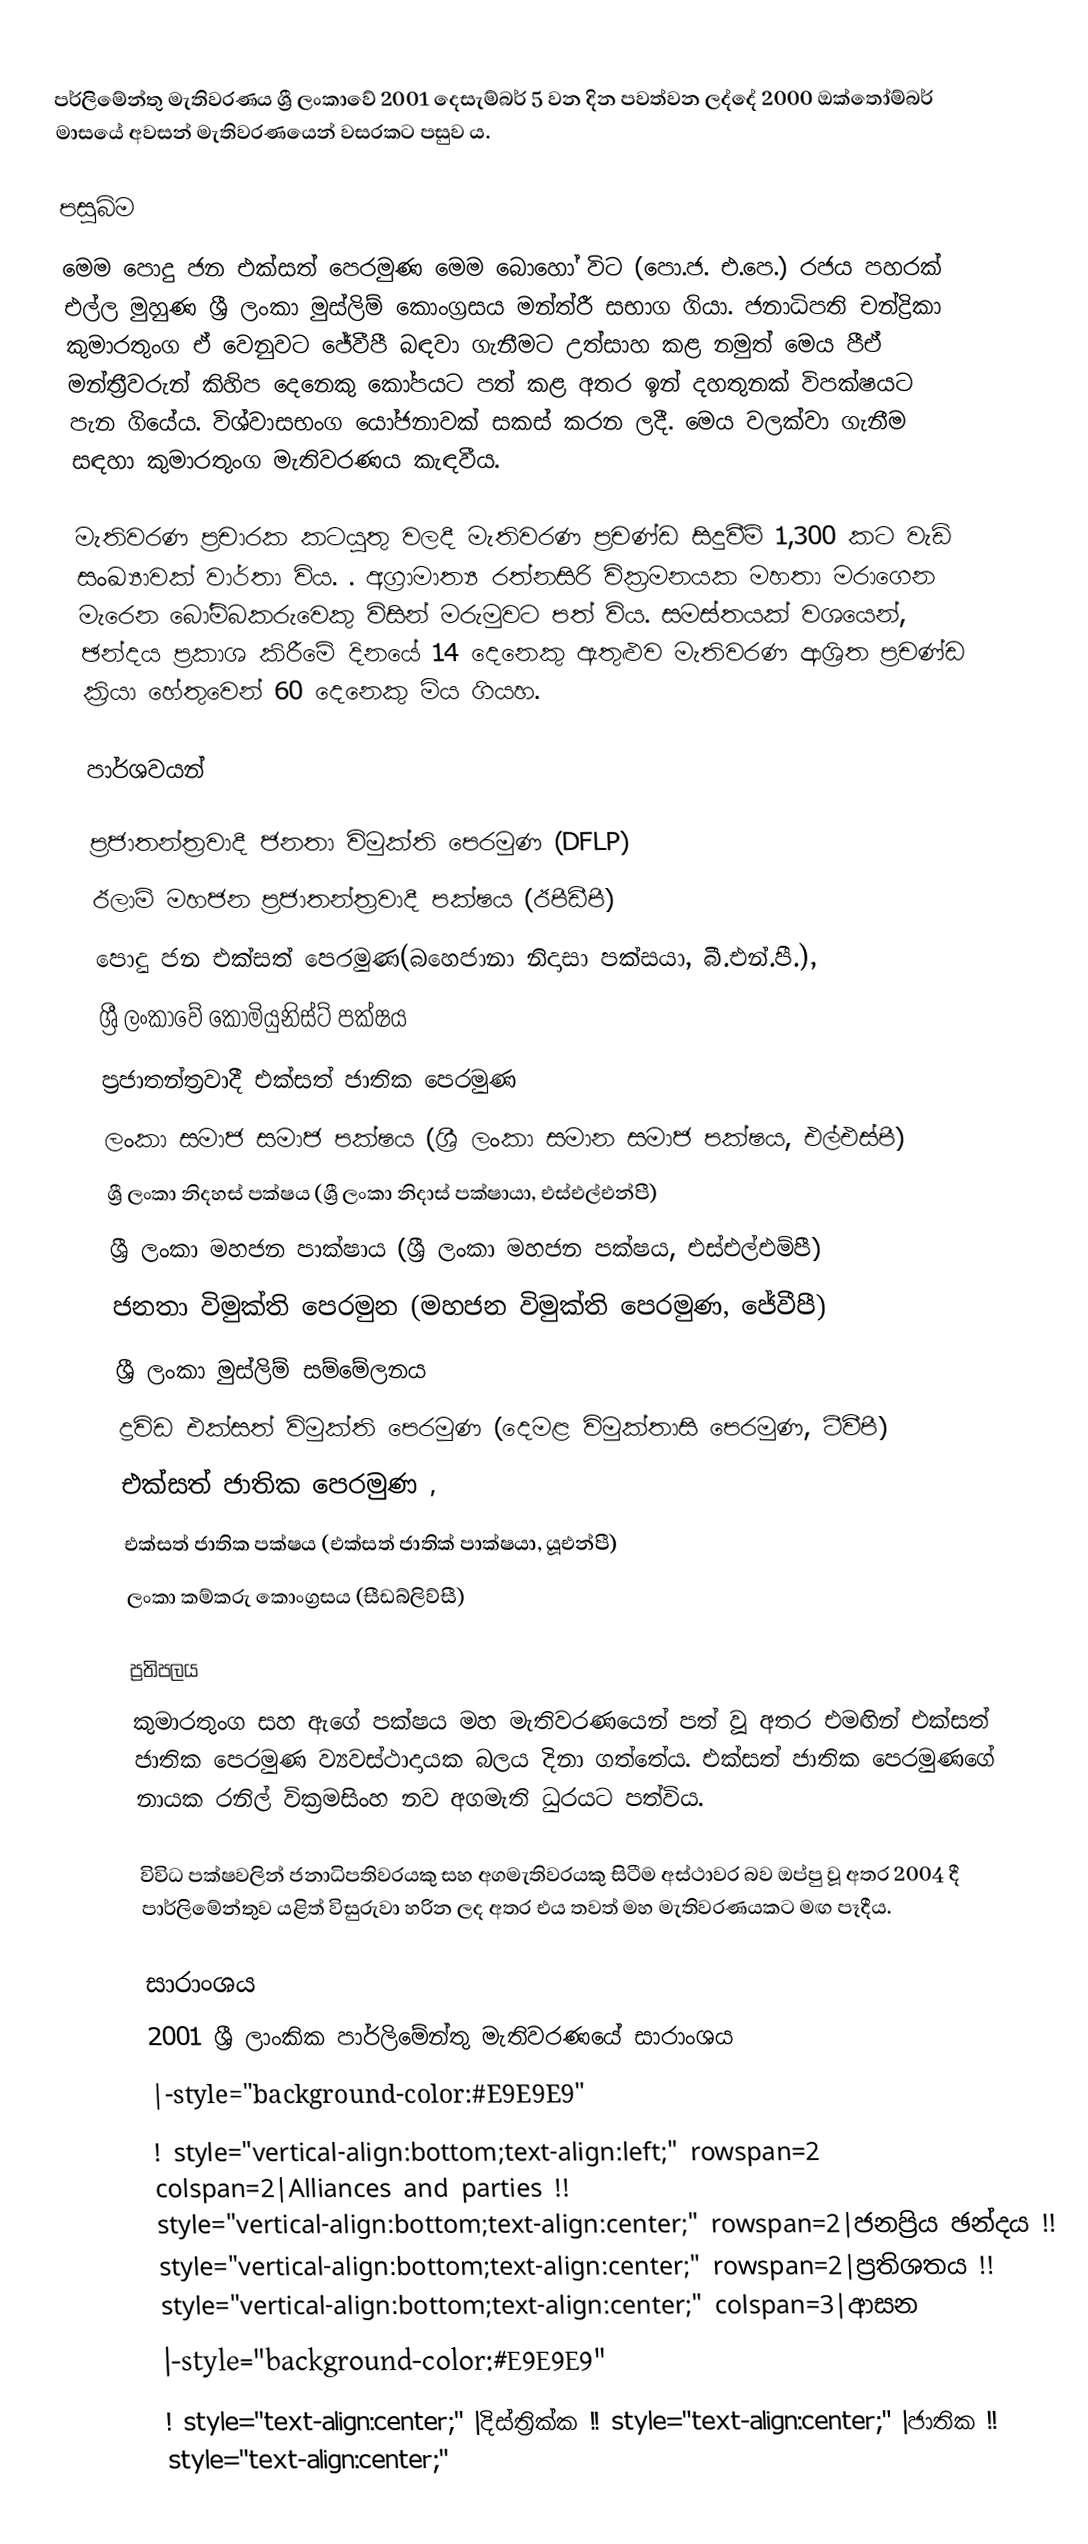
පර්ලිමේන්තු මැතිවරණය ශ්‍රී ලංකාවේ 2001 දෙසැම්බර් 5 වන දින පවත්වන ලද්දේ 2000 ඔක්තෝම්බර් මාසයේ අවසන් මැතිවරණයෙන් වසරකට පසුව ය.

පසුබිම
මෙම පොදු ජන එක්සත් පෙරමුණ මෙම බොහෝ විට (පො.ජ. එ.පෙ.) රජය පහරක් එල්ල මුහුණ ශ්‍රී ලංකා මුස්ලිම් කොංග්‍රසය මන්ත්රී සභාග ගියා. ජනාධිපති චන්ද්‍රිකා කුමාරතුංග ඒ වෙනුවට ජේවීපී බඳවා ගැනීමට උත්සාහ කළ නමුත් මෙය පීඒ මන්ත්‍රීවරුන් කිහිප දෙනෙකු කෝපයට පත් කළ අතර ඉන් දහතුනක් විපක්ෂයට පැන ගියේය. විශ්වාසභංග යෝජනාවක් සකස් කරන ලදී. මෙය වලක්වා ගැනීම සඳහා කුමාරතුංග මැතිවරණය කැඳවීය.

මැතිවරණ ප‍්‍රචාරක කටයුතු වලදී මැතිවරණ ප‍්‍රචණ්ඩ සිදුවීම් 1,300 කට වැඩි සංඛ්‍යාවක් වාර්තා විය.  . අග්‍රාමාත්‍ය රත්නසිරි වික්‍රමනයක මහතා මරාගෙන මැරෙන බෝම්බකරුවෙකු විසින් මරුමුවට පත් විය. සමස්තයක් වශයෙන්, ඡන්දය ප්‍රකාශ කිරීමේ දිනයේ 14 දෙනෙකු ඇතුළුව මැතිවරණ ආශ්‍රිත ප්‍රචණ්ඩ ක්‍රියා හේතුවෙන් 60 දෙනෙකු මිය ගියහ.

පාර්ශවයන්

 ප්‍රජාතන්ත්‍රවාදී ජනතා විමුක්ති පෙරමුණ (DFLP)
 ඊලාම් මහජන ප්‍රජාතන්ත්‍රවාදී පක්ෂය (ඊපීඩීපී)
 පොදු ජන එක්සත් පෙරමුණ(බහෙජානා නිදාසා පක්සයා, බී.එන්.පී.),
 ශ්‍රී ලංකාවේ කොමියුනිස්ට් පක්ෂය
 ප්‍රජාතන්ත්‍රවාදී එක්සත් ජාතික පෙරමුණ
 ලංකා සමාජ සමාජ පක්ෂය (ශ්‍රී ලංකා සමාන සමාජ පක්ෂය, එල්එස්පී)
 ශ්‍රී ලංකා නිදහස් පක්ෂය (ශ්‍රී ලංකා නිදාස් පක්ෂායා, එස්එල්එන්පී)
 ශ්‍රී ලංකා මහජන පාක්ෂාය (ශ්‍රී ලංකා මහජන පක්ෂය, එස්එල්එම්පී)
 ජනතා විමුක්ති පෙරමුන (මහජන විමුක්ති පෙරමුණ, ජේවීපී)
 ශ්‍රී ලංකා මුස්ලිම් සම්මේලනය
 ද්‍රවිඩ එක්සත් විමුක්ති පෙරමුණ (දෙමළ විමුක්තාසි පෙරමුණ, ටීවීපී)
 එක්සත් ජාතික පෙරමුණ ,
 එක්සත් ජාතික පක්ෂය (එක්සත් ජාතික් පාක්ෂයා, යූඑන්පී)
 ලංකා කම්කරු කොංග්‍රසය (සීඩබ්ලිව්සී)

ප්‍රතිපලය
කුමාරතුංග සහ ඇගේ පක්ෂය මහ මැතිවරණයෙන්  පත් වූ අතර එමඟින් එක්සත් ජාතික පෙරමුණ ව්‍යවස්ථාදායක බලය දිනා ගත්තේය. එක්සත් ජාතික පෙරමුණගේ නායක රනිල් වික්‍රමසිංහ නව අගමැති ධුරයට පත්විය.

විවිධ පක්ෂවලින් ජනාධිපතිවරයකු සහ අගමැතිවරයකු සිටීම අස්ථාවර බව ඔප්පු වූ අතර 2004 දී පාර්ලිමේන්තුව යළිත් විසුරුවා හරින ලද අතර එය තවත් මහ මැතිවරණයකට මඟ පෑදීය.

සාරාංශය
2001 ශ්‍රී ලාංකික පාර්ලිමේන්තු මැතිවරණයේ සාරාංශය
|-style="background-color:#E9E9E9"
! style="vertical-align:bottom;text-align:left;" rowspan=2 colspan=2|Alliances and parties !! style="vertical-align:bottom;text-align:center;" rowspan=2|ජනප්‍රිය ඡන්දය !! style="vertical-align:bottom;text-align:center;" rowspan=2|ප්‍රතිශතය !! style="vertical-align:bottom;text-align:center;" colspan=3|ආසන
|-style="background-color:#E9E9E9"
! style="text-align:center;" |දිස්ත්‍රික්ක !! style="text-align:center;" |ජාතික !! style="text-align:center;"